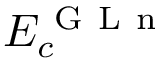
E _ { c } ^ { \mathrm { ~ G ~ L ~ n ~ } }